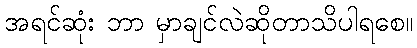
အရင်ဆုံး ဘာ မှာချင်လဲဆိုတာသိပါရစေ။